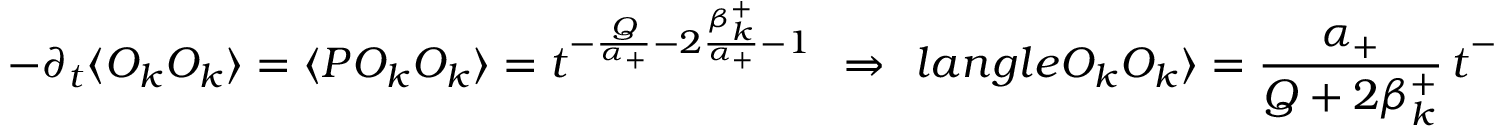
- \partial _ { t } \langle { \cal O } _ { k } { \cal O } _ { k } \rangle = \langle P { \cal O } _ { k } { \cal O } _ { k } \rangle = t ^ { - { \frac { Q } { \alpha _ { + } } } - 2 { \frac { \beta _ { k } ^ { + } } { \alpha _ { + } } } - 1 } \ \ \Rightarrow \ \, l a n g l e { \cal O } _ { k } { \cal O } _ { k } \rangle = { \frac { \alpha _ { + } } { Q + 2 \beta _ { k } ^ { + } } } \, t ^ { - { \frac { Q } { \alpha _ { + } } } - 2 { \frac { \beta _ { k } ^ { + } } { \alpha _ { + } } } } \ ,